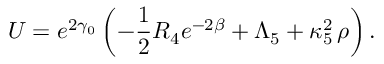
U = e ^ { 2 \gamma _ { 0 } } \left( - \frac 1 2 R _ { 4 } e ^ { - 2 \beta } + \Lambda _ { 5 } + \kappa _ { 5 } ^ { 2 } \, \rho \right) .